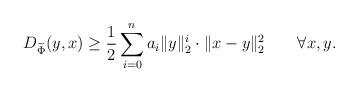
LaTeX: \begin{align*}D_{\widetilde \Phi}(y, x) \geq \frac{1}{2}\sum_{i=0}^n a_i\|y\|_2^i \cdot \|x - y\|_2^2\qquad\forall x,y.\end{align*}